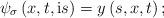
LaTeX: \begin{align*}\psi_{\sigma}\left( x,t,\mathrm{i}s\right) =y\left( s,x,t\right) ;\end{align*}